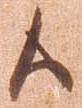
候